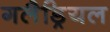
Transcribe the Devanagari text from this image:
गलैड्रियल